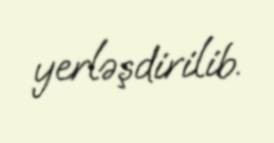
yerləşdirilib.